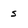
Character: s